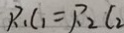
R _ { 1 } l _ { 1 } = R _ { 2 } l _ { 2 }